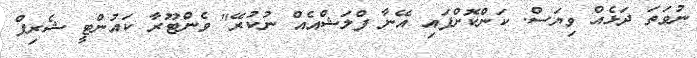
ނުވަތަ ދަޅެއް ވިޔަސް. ކަންކޮށްފައި އޭނާ ފްލަޝްއެއް ނުކުރޭ" ވެންޓޫރާ ކައުންޓީ ޝެރިފް